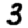
Digit: 3